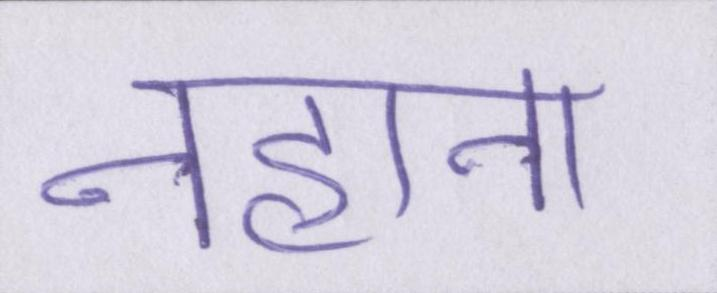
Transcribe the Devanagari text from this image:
नहाना